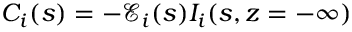
C _ { i } ( s ) = - \mathscr { E } _ { i } ( s ) I _ { i } ( s , z = - \infty )